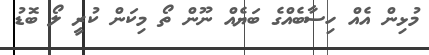
މުޅިން އެެއް ހިސާބެއްގެ ބަޔެއް ނޫން ތޯ މިކަން ކުރީ ލޯ ބޮޑު